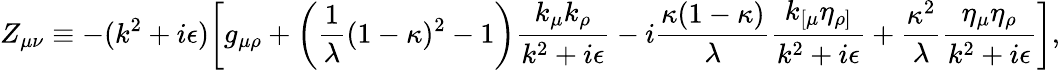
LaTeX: Z_{\mu\nu}\equiv-(k^{2}+i\epsilon)\biggl[g_{\mu\rho}+\biggl({\frac{1}{\lambda}}(1-\kappa)^{2}-1\biggr){\frac{k_{\mu}k_{\rho}}{k^{2}+i\epsilon}}-i{\frac{\kappa(1-\kappa)}{\lambda}}{\frac{k_{[\mu}\eta_{\rho]}}{k^{2}+i\epsilon}}+{\frac{\kappa^{2}}{\lambda}}{\frac{\eta_{\mu}\eta_{\rho}}{k^{2}+i\epsilon}}\biggr],